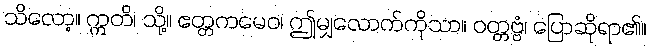
သိလော့။ ဣတိ၊ သို့။ ဧတ္တကမေဝ၊ ဤမျှလောက်ကိုသာ။ ဝတ္တဗ္ဗံ၊ ပြောဆိုရာ၏။